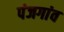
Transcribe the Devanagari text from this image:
पंजगांव